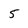
Character: 5